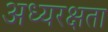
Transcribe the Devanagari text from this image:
अध्यरक्षता